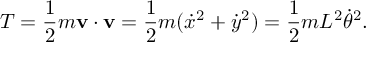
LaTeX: T = { \frac { 1 } { 2 } } m \mathbf { v } \cdot \mathbf { v } = { \frac { 1 } { 2 } } m ( { \dot { x } } ^ { 2 } + { \dot { y } } ^ { 2 } ) = { \frac { 1 } { 2 } } m L ^ { 2 } { \dot { \theta } } ^ { 2 } .